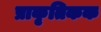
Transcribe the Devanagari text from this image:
प्राकृतिकक